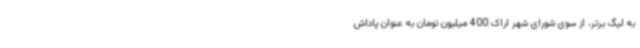
به لیگ برتر، از سوی شورای شهر اراک 400 میلیون تومان به عنوان پاداش